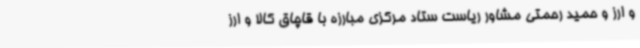
و ارز و حمید رحمتی مشاور ریاست ستاد مرکزی مبارزه با قاچاق کالا و ارز